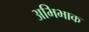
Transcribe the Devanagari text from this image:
अभिभाक